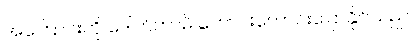
အကြောင်းကို ဒေါက်တာမိ ကောင်းကောင်းပြောနိုင်သည်။